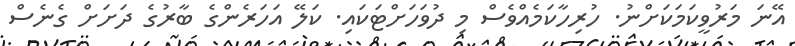
އޭނަ މަރުވީކަމަކަށްނު. ހުރިހާކަމެއްވެސް މި ދުވަހަށްޓަކައި. ކަލޭ އަހަރެންގެ ބާރުގެ ދަށަށް ގެނެސް